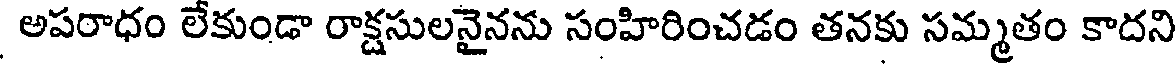
అపరాధం లేకుండా రాక్షసులనైనను సంహిరించడం తనకు సమ్మతం కాదని